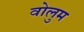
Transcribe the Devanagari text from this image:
वोलुम